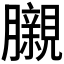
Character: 𮍊